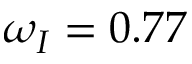
\omega _ { I } = 0 . 7 7